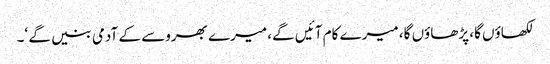
لکھاؤں گا، پڑھاؤں گا، میرے کام آئیں گے، میرے بھروسے کے آدمی بنیں گے ‘۔